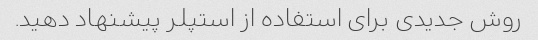
روش جدیدی برای استفاده از استپلر پیشنهاد دهید.